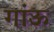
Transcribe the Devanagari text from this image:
गांऊ